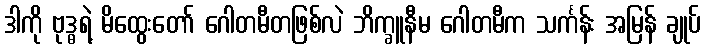
ဒါကို ဗုဒ္ဓရဲ့ မိထွေးတော် ဂေါတမီတဖြစ်လဲ ဘိက္ခူနီမ ဂေါတမီက သင်္ကန်း အမြန် ချုပ်